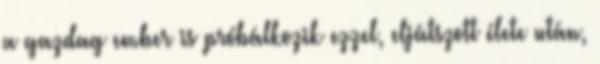
a gazdag ember is próbálkozik ezzel, eljátszott élete után,